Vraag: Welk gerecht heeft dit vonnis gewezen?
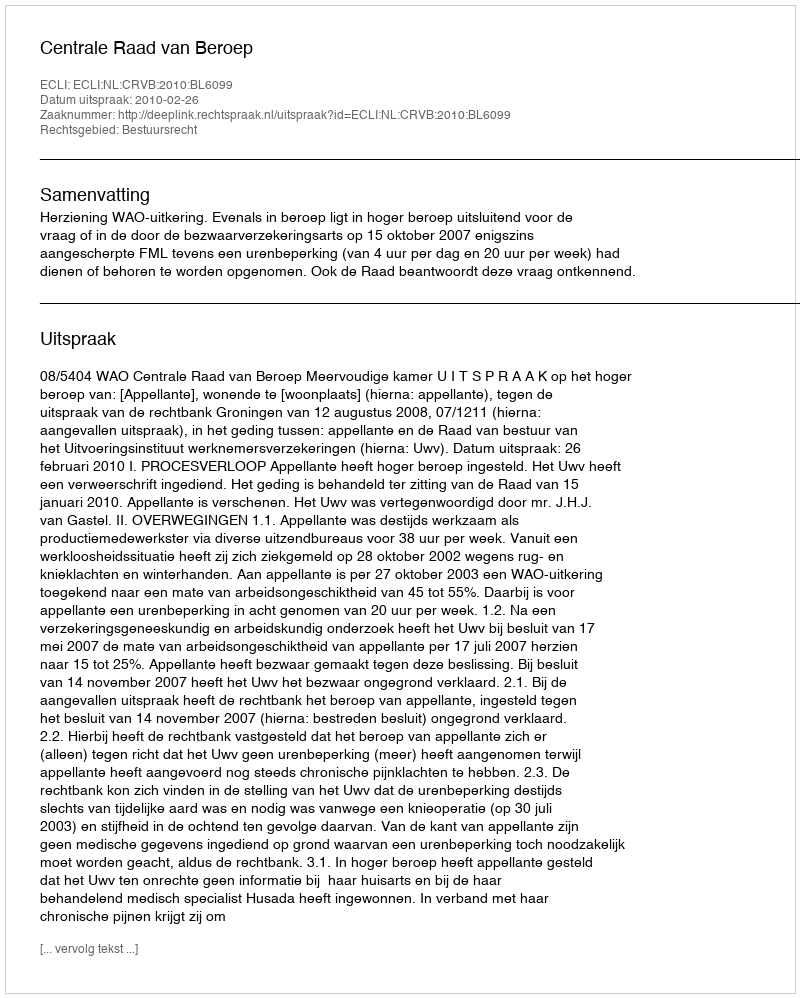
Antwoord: Centrale Raad van Beroep